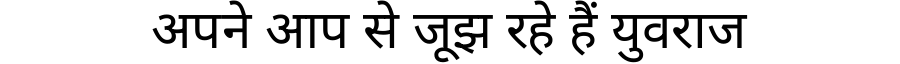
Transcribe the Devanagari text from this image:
अपने आप से जूझ रहे हैं युवराज